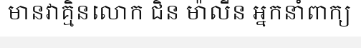
មានវាគ្មិនលោក ជិន ម៉ាលីន អ្នកនាំពាក្យ